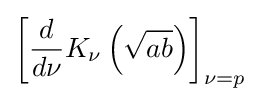
\left[{\frac {d}{d\nu }}K_{\nu }\left({\sqrt {ab}}\right)\right]_{\nu =p}